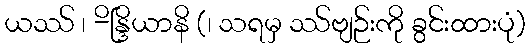
ယဿ် ၊ -ိန္ဒြိယာနိ (၊ သရမှ ဿ်ဗျဉ်းကို ခွင်းထားပုံ)